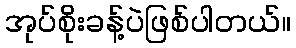
အုပ်စိုးခန့်ပဲဖြစ်ပါတယ်။